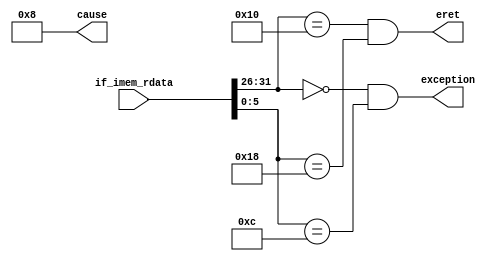
module IFExcDecoder (
    input wire[31:0] if_imem_rdata,

    output wire exception,
    output wire eret,
    output wire[4:0] cause
);

    assign exception = if_imem_rdata[31:26] == 6'b000000 & if_imem_rdata[5:0] == 6'b001100; // System call
    assign eret = if_imem_rdata[31:26] == 6'b010000 & if_imem_rdata[5:0] == 6'b011000; // eret
    assign cause = 5'h8;
    
endmodule